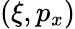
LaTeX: (\xi,p_{x})